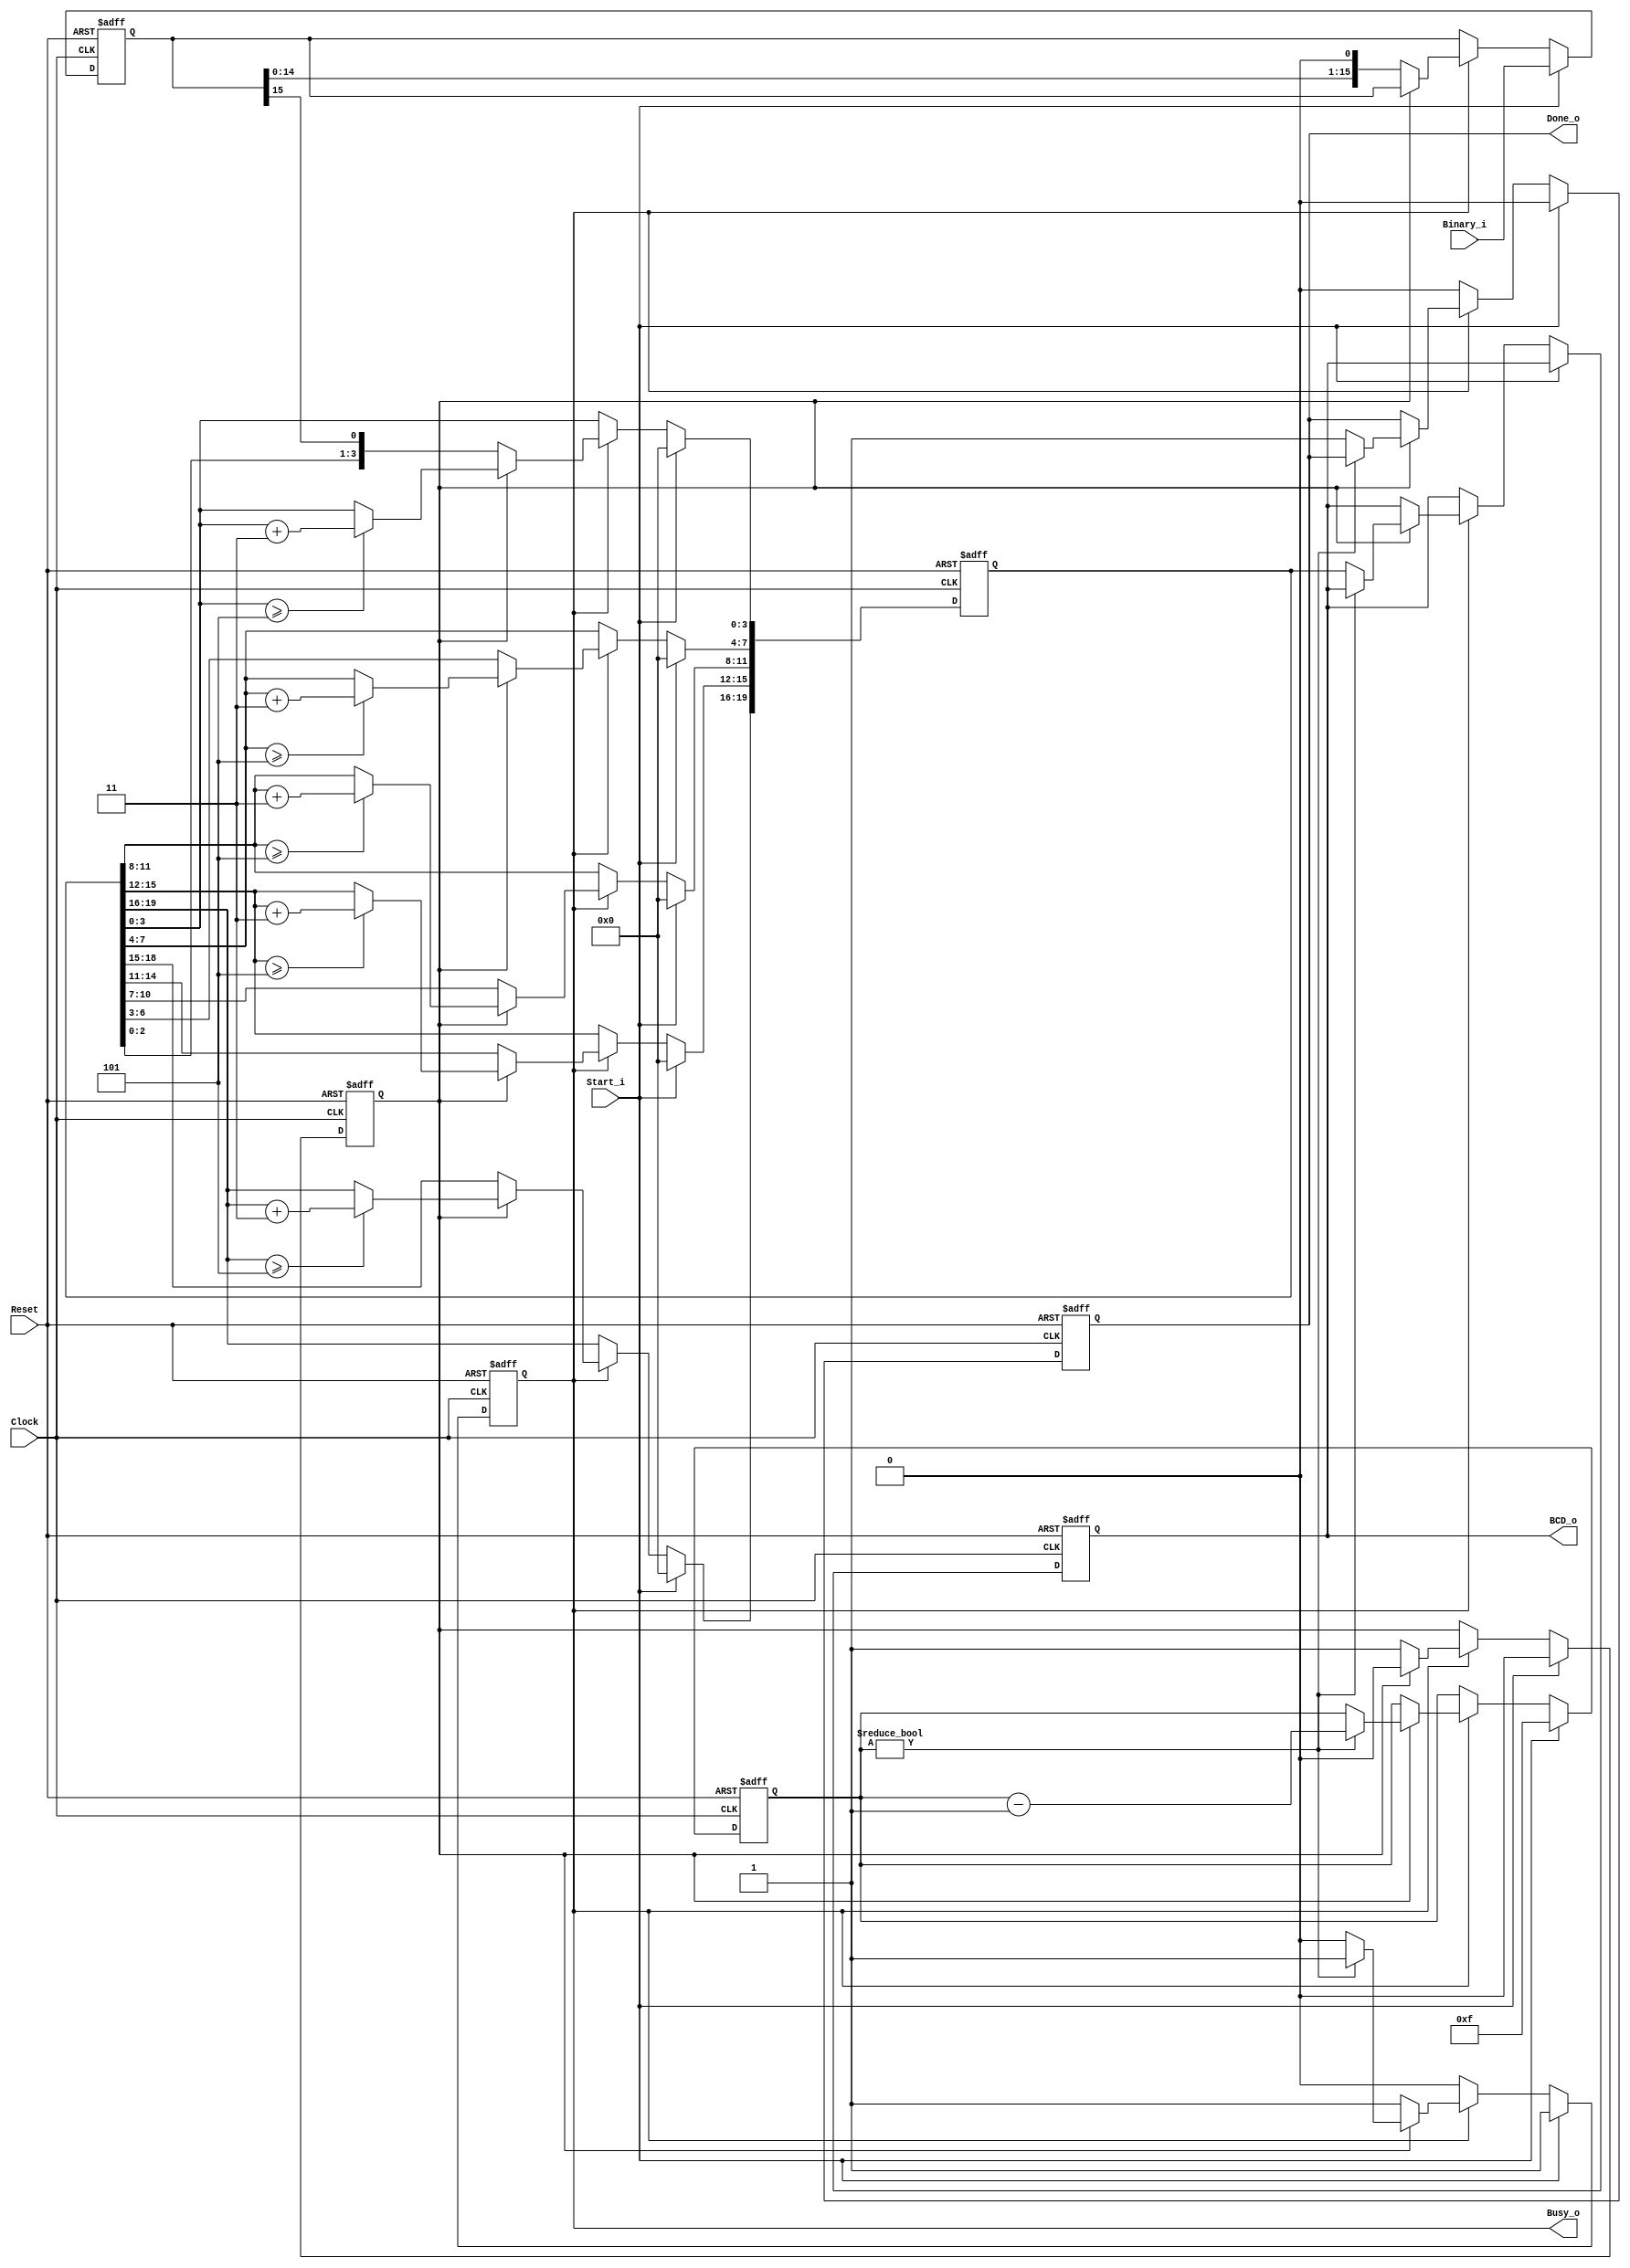
// This program was cloned from: https://github.com/leonow32/verilog-fpga
// License: MIT License

// 231128

`default_nettype none

module DoubleDabble #(
	parameter INPUT_BITS    = 16,
	parameter OUTPUT_DIGITS = 5,
	parameter OUTPUT_BITS   = OUTPUT_DIGITS * 4
)(
	input wire Clock,
	input wire Reset,
	input wire Start_i,
	output reg Busy_o,
	output reg Done_o,
	input wire [ INPUT_BITS-1:0] Binary_i,
	output reg [OUTPUT_BITS-1:0] BCD_o
);
	
	// Variables
	integer i;
	reg [ INPUT_BITS-1:0] Binary;
	reg [OUTPUT_BITS-1:0] BCD;
	
	// State machine
	reg State;
	localparam DOUBLE = 1'b0;
	localparam DABBLE = 1'b1;
	
	localparam MAX_VALUE = INPUT_BITS - 1;
	localparam WIDTH = $clog2(MAX_VALUE + 1);
	reg [WIDTH-1:0] Counter;
	
	always @(posedge Clock, negedge Reset) begin
		if(!Reset) begin
			Counter <= 0;
			Busy_o  <= 0;
			Done_o  <= 0;
			Binary  <= 0;
			BCD     <= 0;
			BCD_o	<= 0;
			State   <= DOUBLE;
		end 
		
		else if(Start_i) begin
			Busy_o  <= 1'b1;
			Done_o  <= 1'b0;
			Binary  <= Binary_i;
			Counter <= MAX_VALUE;
			BCD     <= 0;
			State   <= DOUBLE;
		end 
		
		else if(Busy_o) begin
			
			// Double
			if(State == DOUBLE) begin
				BCD    <= {BCD[OUTPUT_BITS-2:0], Binary[INPUT_BITS-1]};
				Binary <= {Binary[INPUT_BITS-2:0], 1'b0};
				State  <= DABBLE;
			end 
			
			// Dabble
			else begin
				
				// Check each digit
				// If the digit is >= 5 then add 3
				for(i=0; i<OUTPUT_BITS; i=i+4) begin
					if(BCD[i+:4] >= 4'd5)
						BCD[i+:4] <= BCD[i+:4] + 4'd3;
				end
				
				// If counting in progress
				if(Counter) begin
					Counter <= Counter - 1'b1;
				end
				
				// If counting done
				else begin
					Busy_o <= 0;
					Done_o <= 1'b1;
					BCD_o  <= BCD;
				end
				
				State <= DOUBLE;
			end
		end
		
		// Clear done flag
		else if(Done_o) begin
			Done_o <= 1'b0;
		end
	end

endmodule

`default_nettype wire